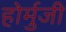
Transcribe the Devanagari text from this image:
होर्मुजी